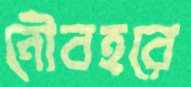
নৌবহরে